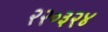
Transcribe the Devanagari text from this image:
२२०३२४